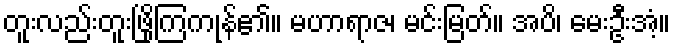
တူးလည်းတူးဖြိုကြကုန်၏။ မဟာရာဇ၊ မင်းမြတ်။ အပိ၊ မေးဦးအံ့။